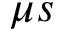
\mu s